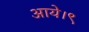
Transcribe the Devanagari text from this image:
आये।९